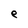
Character: e